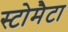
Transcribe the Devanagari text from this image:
स्टोमैटा